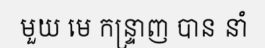
មួយ មេ កន្ទ្រាញ បាន នាំ